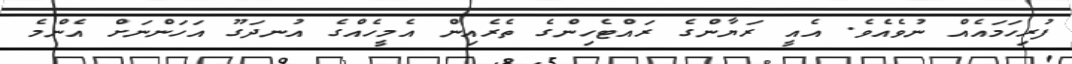
ފުރިހަމައެއް ނުވެއެވެ. އެއީ ރަޔާންގެ ރައްޓެހިންގެ ތެރެއިން އެމީހެއްގެ އުނދަގޫ އަހަންނަށް އެންމެ